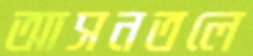
আসনতলে